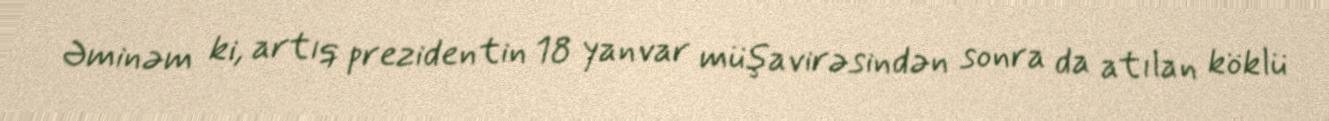
Əminəm ki, artıq prezidentin 18 yanvar müşavirəsindən sonra da atılan köklü